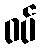
ဝပ်